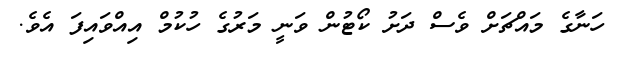
ހަނާގެ މައްޗަށް ވެސް ދަށު ކޯޓުން ވަނީ މަރުގެ ހުކުމް އިއްވައިފަ އެވެ.